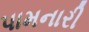
પામનારી